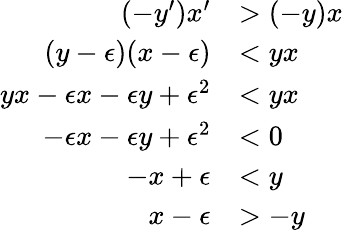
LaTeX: \begin{array}{rl}{(-y^{\prime})x^{\prime}}&{>(-y)x}\\ {(y-\epsilon)(x-\epsilon)}&{<yx}\\ {yx-\epsilon x-\epsilon y+\epsilon^{2}}&{<yx}\\ {-\epsilon x-\epsilon y+\epsilon^{2}}&{<0}\\ {-x+\epsilon}&{<y}\\ {x-\epsilon}&{>-y}\end{array}